Document type: Sale
Year: 1440
Scribe: Pere Pau Pujades
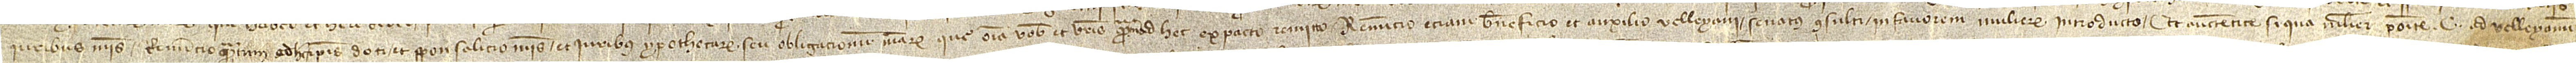
iuribus meis, renuncio quantum ad hec ipsis doti et sponsalicio meis et iuribus ypothecarum seu obligacionum mearum que omnia vobis et vestris quantum ad hec ex pacto remitto. Renuncio etiam beneficio et auxilio Velleyani senatus consulti in favorem mulierum introducto, et auctentice “Si qua mulier” posite C. ad Velleyanum,